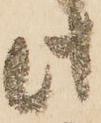
此